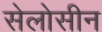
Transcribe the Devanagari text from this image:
सेलोसीन